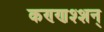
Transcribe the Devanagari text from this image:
कण्णश्शन्